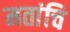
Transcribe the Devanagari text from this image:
मतांचि